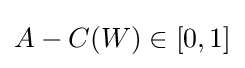
A-C(W)\in [0,1]